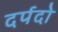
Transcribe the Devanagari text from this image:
दर्पदो